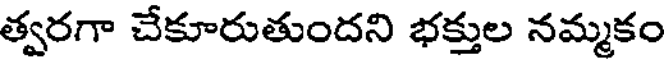
త్వరగా చేకూరుతుందని భక్తుల నమ్మకం